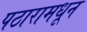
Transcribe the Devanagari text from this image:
पठारामधून